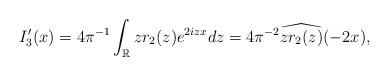
LaTeX: \begin{align*}\begin{aligned}I_3'(x) =4\pi^{-1} \int_{\mathbb{R}} z r_2(z) e^{2izx}d z = 4\pi^{-2} \widehat{z r_2(z)}(-2x),\end{aligned}\end{align*}